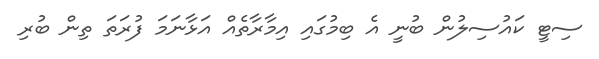
ސިޓީ ކައުސިލުން ބުނީ އެ ބިމުގައި އިމާރާތެއް އަޅާނަމަ ފުރަތަ ތިން ބުރި